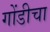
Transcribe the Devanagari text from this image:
गोंडीचा